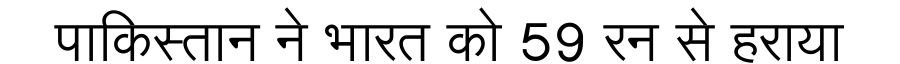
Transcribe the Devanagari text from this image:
पाकिस्तान ने भारत को 59 रन से हराया